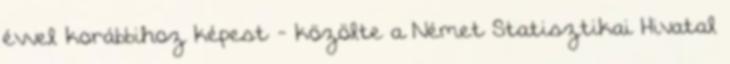
évvel korábbihoz képest - közölte a Német Statisztikai Hivatal